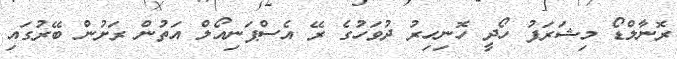
ރޮނާލްޑޯ މިޝަރަފު ހޯދީ ހޮނިހިރު ދުވަހުގެ ރޭ އެސްޕަނިއޯލް އަތުން ރަށުން ބޭރުގައި